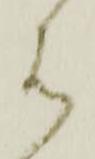
は